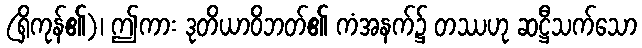
(ရှိကုန်၏)၊ ဤကား ဒုတိယာဝိဘတ်၏ ကံအနက်၌ တဿဟု ဆဋ္ဌီသက်သော